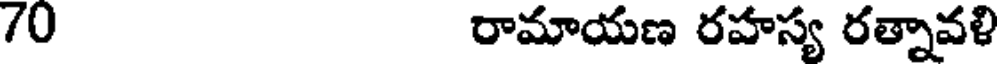
/0 రామాయణ రహస్య రత్నావళి